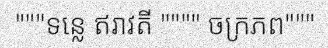
"""ទន្លេ ឥរាវតី """" ចក្រភព"""